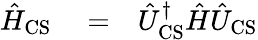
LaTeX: \begin{array}{rlr}{\hat{H}_{\mathrm{CS}}}&{{}=}&{\hat{U}_{\mathrm{CS}}^{\dagger}\hat{H}\hat{U}_{\mathrm{CS}}}\end{array}